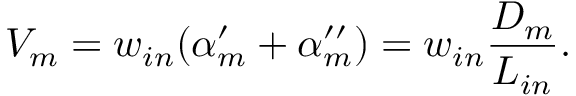
V _ { m } = w _ { i n } ( \alpha _ { m } ^ { \prime } + \alpha _ { m } ^ { \prime \prime } ) = w _ { i n } \frac { D _ { m } } { L _ { i n } } .